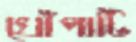
খোঁপাটি